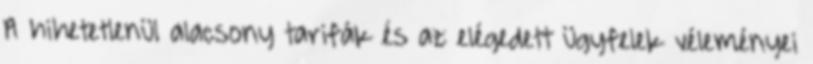
A hihetetlenül alacsony tarifák és az elégedett ügyfelek véleményei